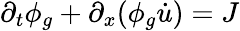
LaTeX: \partial_{t}\phi_{g}+\partial_{x}(\phi_{g}\dot{u})=J